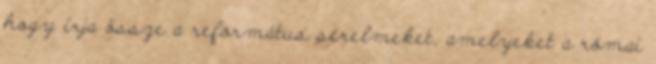
hogy írja össze a református sérelmeket, amelyeket a római